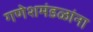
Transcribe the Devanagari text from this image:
गणेशमंडळांना